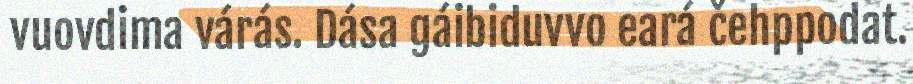
vuovdima várás. Dása gáibiduvvo eará čehppodat.